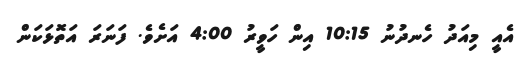
އެއީ މިއަދު ހެނދުނު 10:15 އިން ހަވީރު 4:00 އަށެވެ. ފަނަރަ އަތޮޅަކަން